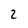
Character: 2